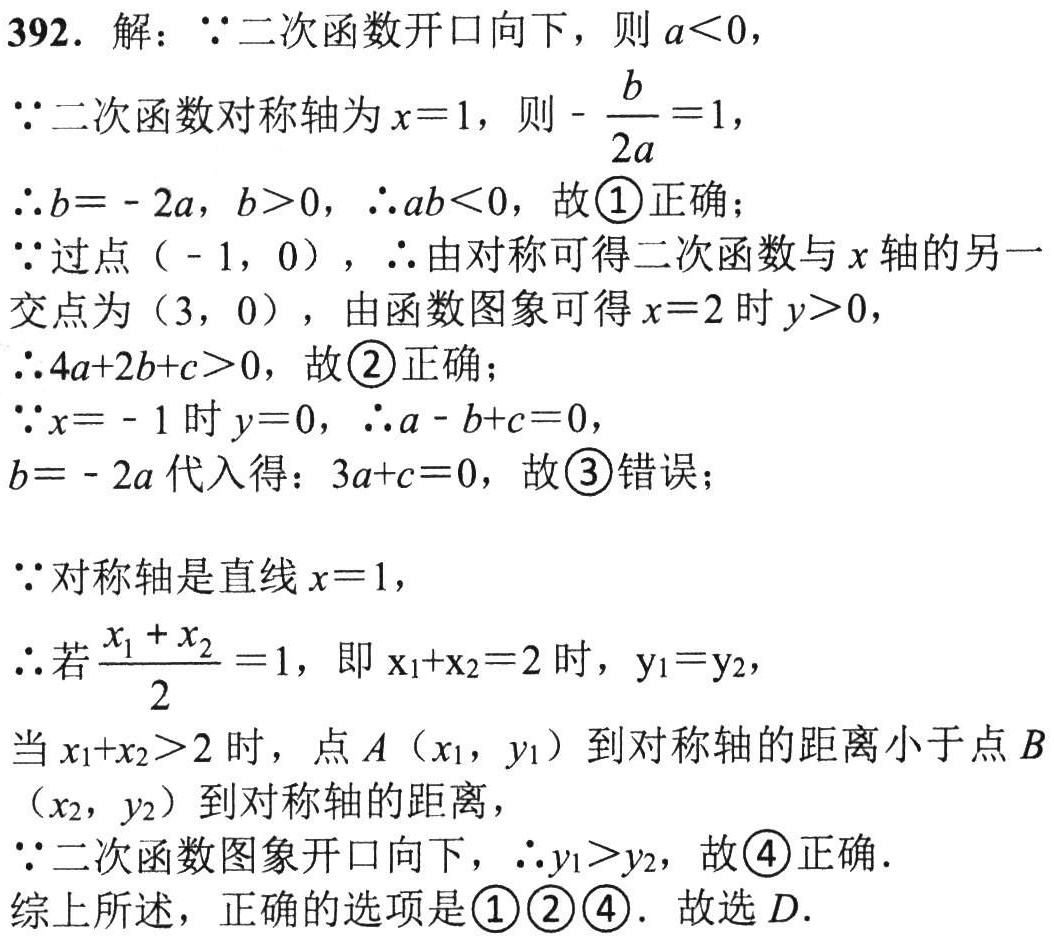
392. 解：\(\because\)二次函数开口向下，则\(a < 0\)，
\(\because\)二次函数对称轴为\(x = 1\)，则\(-\frac{b}{2a}=1\)，
\(\therefore b = - 2a\)，\(b>0\)，\(\therefore ab < 0\)，故\textcircled{1}正确；
\(\because\)过点\(( - 1,0)\)，\(\therefore\)由对称可得二次函数与\(x\)轴的另一交点为\((3,0)\)，由函数图象可得\(x = 2\)时\(y>0\)，
\(\therefore 4a + 2b + c>0\)，故\textcircled{2}正确；
\(\because x = - 1\)时\(y = 0\)，\(\therefore a - b + c = 0\)，
\(b = - 2a\)代入得：\(3a + c = 0\)，故\textcircled{3}错误；
\(\because\)对称轴是直线\(x = 1\)，
\(\therefore\)若\(\frac{x_{1}+x_{2}}{2}=1\)，即\(x_{1}+x_{2}=2\)时，\(y_{1}=y_{2}\)，
当\(x_{1}+x_{2}>2\)时，点\(A(x_{1},y_{1})\)到对称轴的距离小于点\(B(x_{2},y_{2})\)到对称轴的距离，
\(\because\)二次函数图象开口向下，\(\therefore y_{1}>y_{2}\)，故\textcircled{4}正确.
综上所述，正确的选项是\textcircled{1}\textcircled{2}\textcircled{4}. 故选\(D\).